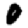
Digit: 0